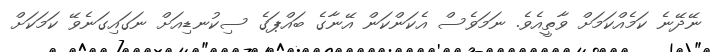
ނޭދޭނެ ކަމެއްކަމަށް ވާތީއެވެ. ނަމަވެސް އެކަންކަން އޭނާގެ ބައްޕަގެ ސިކުނޑިއަށް ނަގައިގަނެވޭ ކަމަކަށް